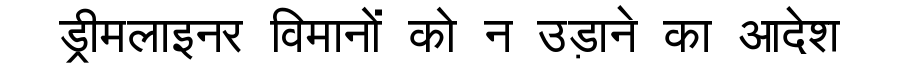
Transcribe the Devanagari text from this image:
ड्रीमलाइनर विमानों को न उड़ाने का आदेश